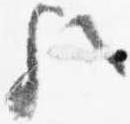
歟